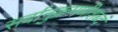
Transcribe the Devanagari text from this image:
सर्वानुक्रमणीशब्दं